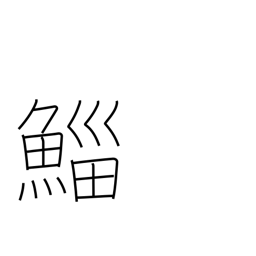
Meaning: mullet (fish)